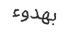
بھدوء